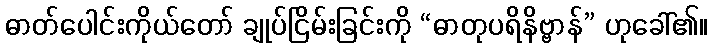
ဓာတ်ပေါင်းကိုယ်တော် ချုပ်ငြိမ်းခြင်းကို “ဓာတုပရိနိဗ္ဗာန်” ဟုခေါ်၏။